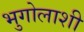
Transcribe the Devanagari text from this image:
भुगोलाशी